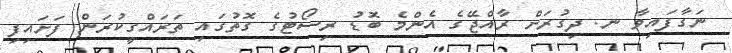
ނަގާފައިވާ ނ. ދިގުރަށް ރާއްޖޭގެ އެންމެ ބޮޑު ރިސޯޓުގެ ގޮތުގައި ތަރައްގީކުރަން ފަށައިފި